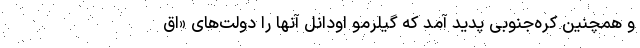
و همچنین کره‌جنوبی پدید آمد که گیلرمو اودانل آنها را دولت‌های «اق